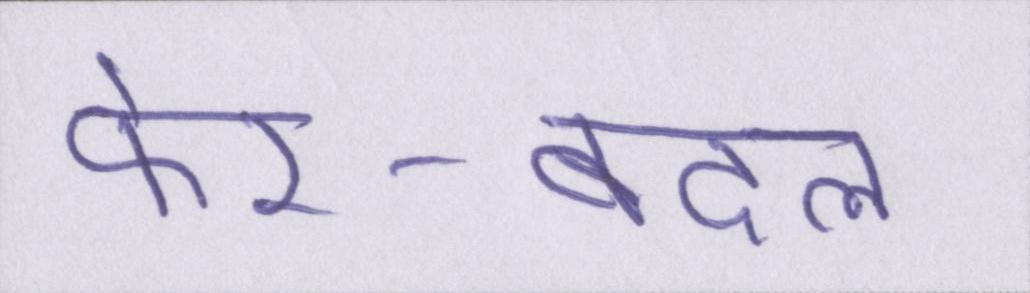
फेर-बदल